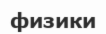
физики